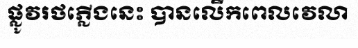
ផ្លូវរថភ្លើងនេះ បានលើកពេលវេលា